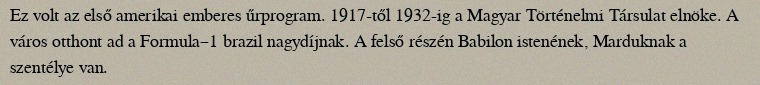
Ez volt az első amerikai emberes űrprogram. 1917-től 1932-ig a Magyar Történelmi Társulat elnöke. A város otthont ad a Formula–1 brazil nagydíjnak. A felső részén Babilon istenének, Marduknak a szentélye van.